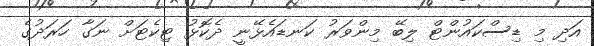
އަދި މި ޑިސްކައުންޓް ލިބޭ މިންވަރު ކަނޑައެޅޭނީ ދެކޮޅު ޓިކެޓަށް ނަގާ ހަރަދުގެ